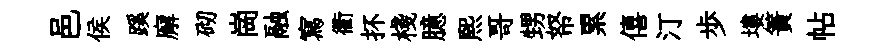
邑侯蹊廨砌崗融寫衢抔棧臆熙哥甥帑累僖汀歩塿簀帖